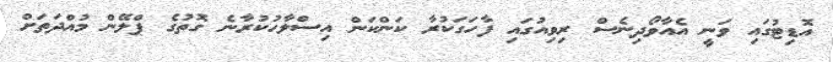
އޮޑިޓުގައި ވަނީ އެއާވޯދިނެސް ރިވިއުގައި ފާހަގަކުރާ ކަންކަން އިސްލާހުކުރާނެ ގޮތުގެ ޕްލޭން މުއްދަތަށް